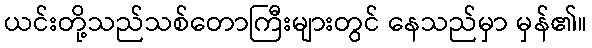
ယင်းတို့သည်သစ်တောကြီးများတွင် နေသည်မှာ မှန်၏။